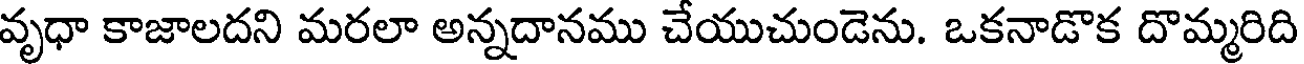
వృధా కాజాలదని మరలా అన్నదానము చేయుచుండెను. ఒకనాడొక దొమ్మరిది